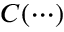
C ( \cdots )